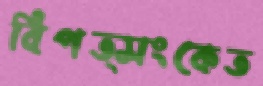
বিপত্সংকেত